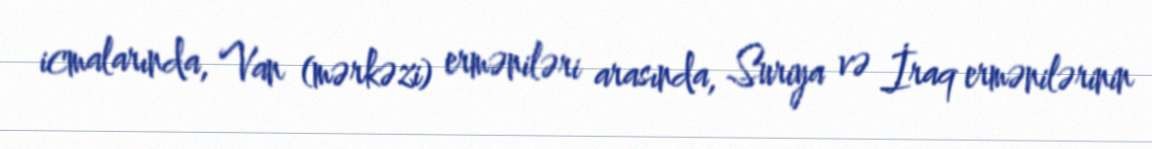
icmalarında, Van (mərkəzi) erməniləri arasında, Suriya və İraq ermənilərinin